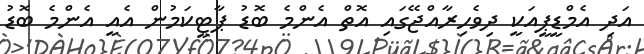
އަދި އެމްޑީޕީއަކީ ދިވެހިރާއްޖޭގައި އޮތް އެންމެ ބޮޑު ޕާޓީކަމުން އެއީ އެންމެ ބޮޑު